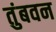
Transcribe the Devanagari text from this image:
तुंबवन